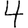
Digit: 4